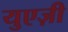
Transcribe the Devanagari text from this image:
युएज़ी